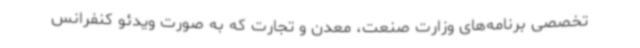
تخصصی برنامه‌های وزارت صنعت، معدن و تجارت که به صورت ویدئو کنفرانس